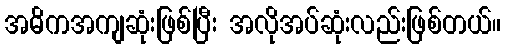
အဓိကအကျဆုံးဖြစ်ပြီး အလိုအပ်ဆုံးလည်းဖြစ်တယ်။